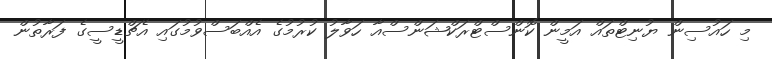
މި ހައުސިން ޔުނިޓްތައް އަމީން ކޮންސްޓްރަކްޝަންސްއާ ހަވާލު ކުރުމުގެ އެއްބަސްވުމުގައި އެޗްޑީސީގެ ފަރާތުން